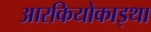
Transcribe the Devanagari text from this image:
आरकियोकाइथा